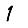
Digit: 1